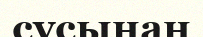
сұсынан